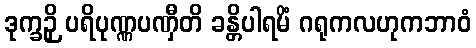
ဒုက္ခဉှိ ပရိပုဏ္ဏပဏှီတိ ခန္တိပါရမိံ ဂရုကလဟုကဘာဝံ